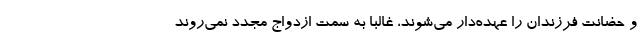
و حضانت فرزندان را عهده‌دار می‌شوند، غالبا به سمت ازدواج مجدد نمی‌روند